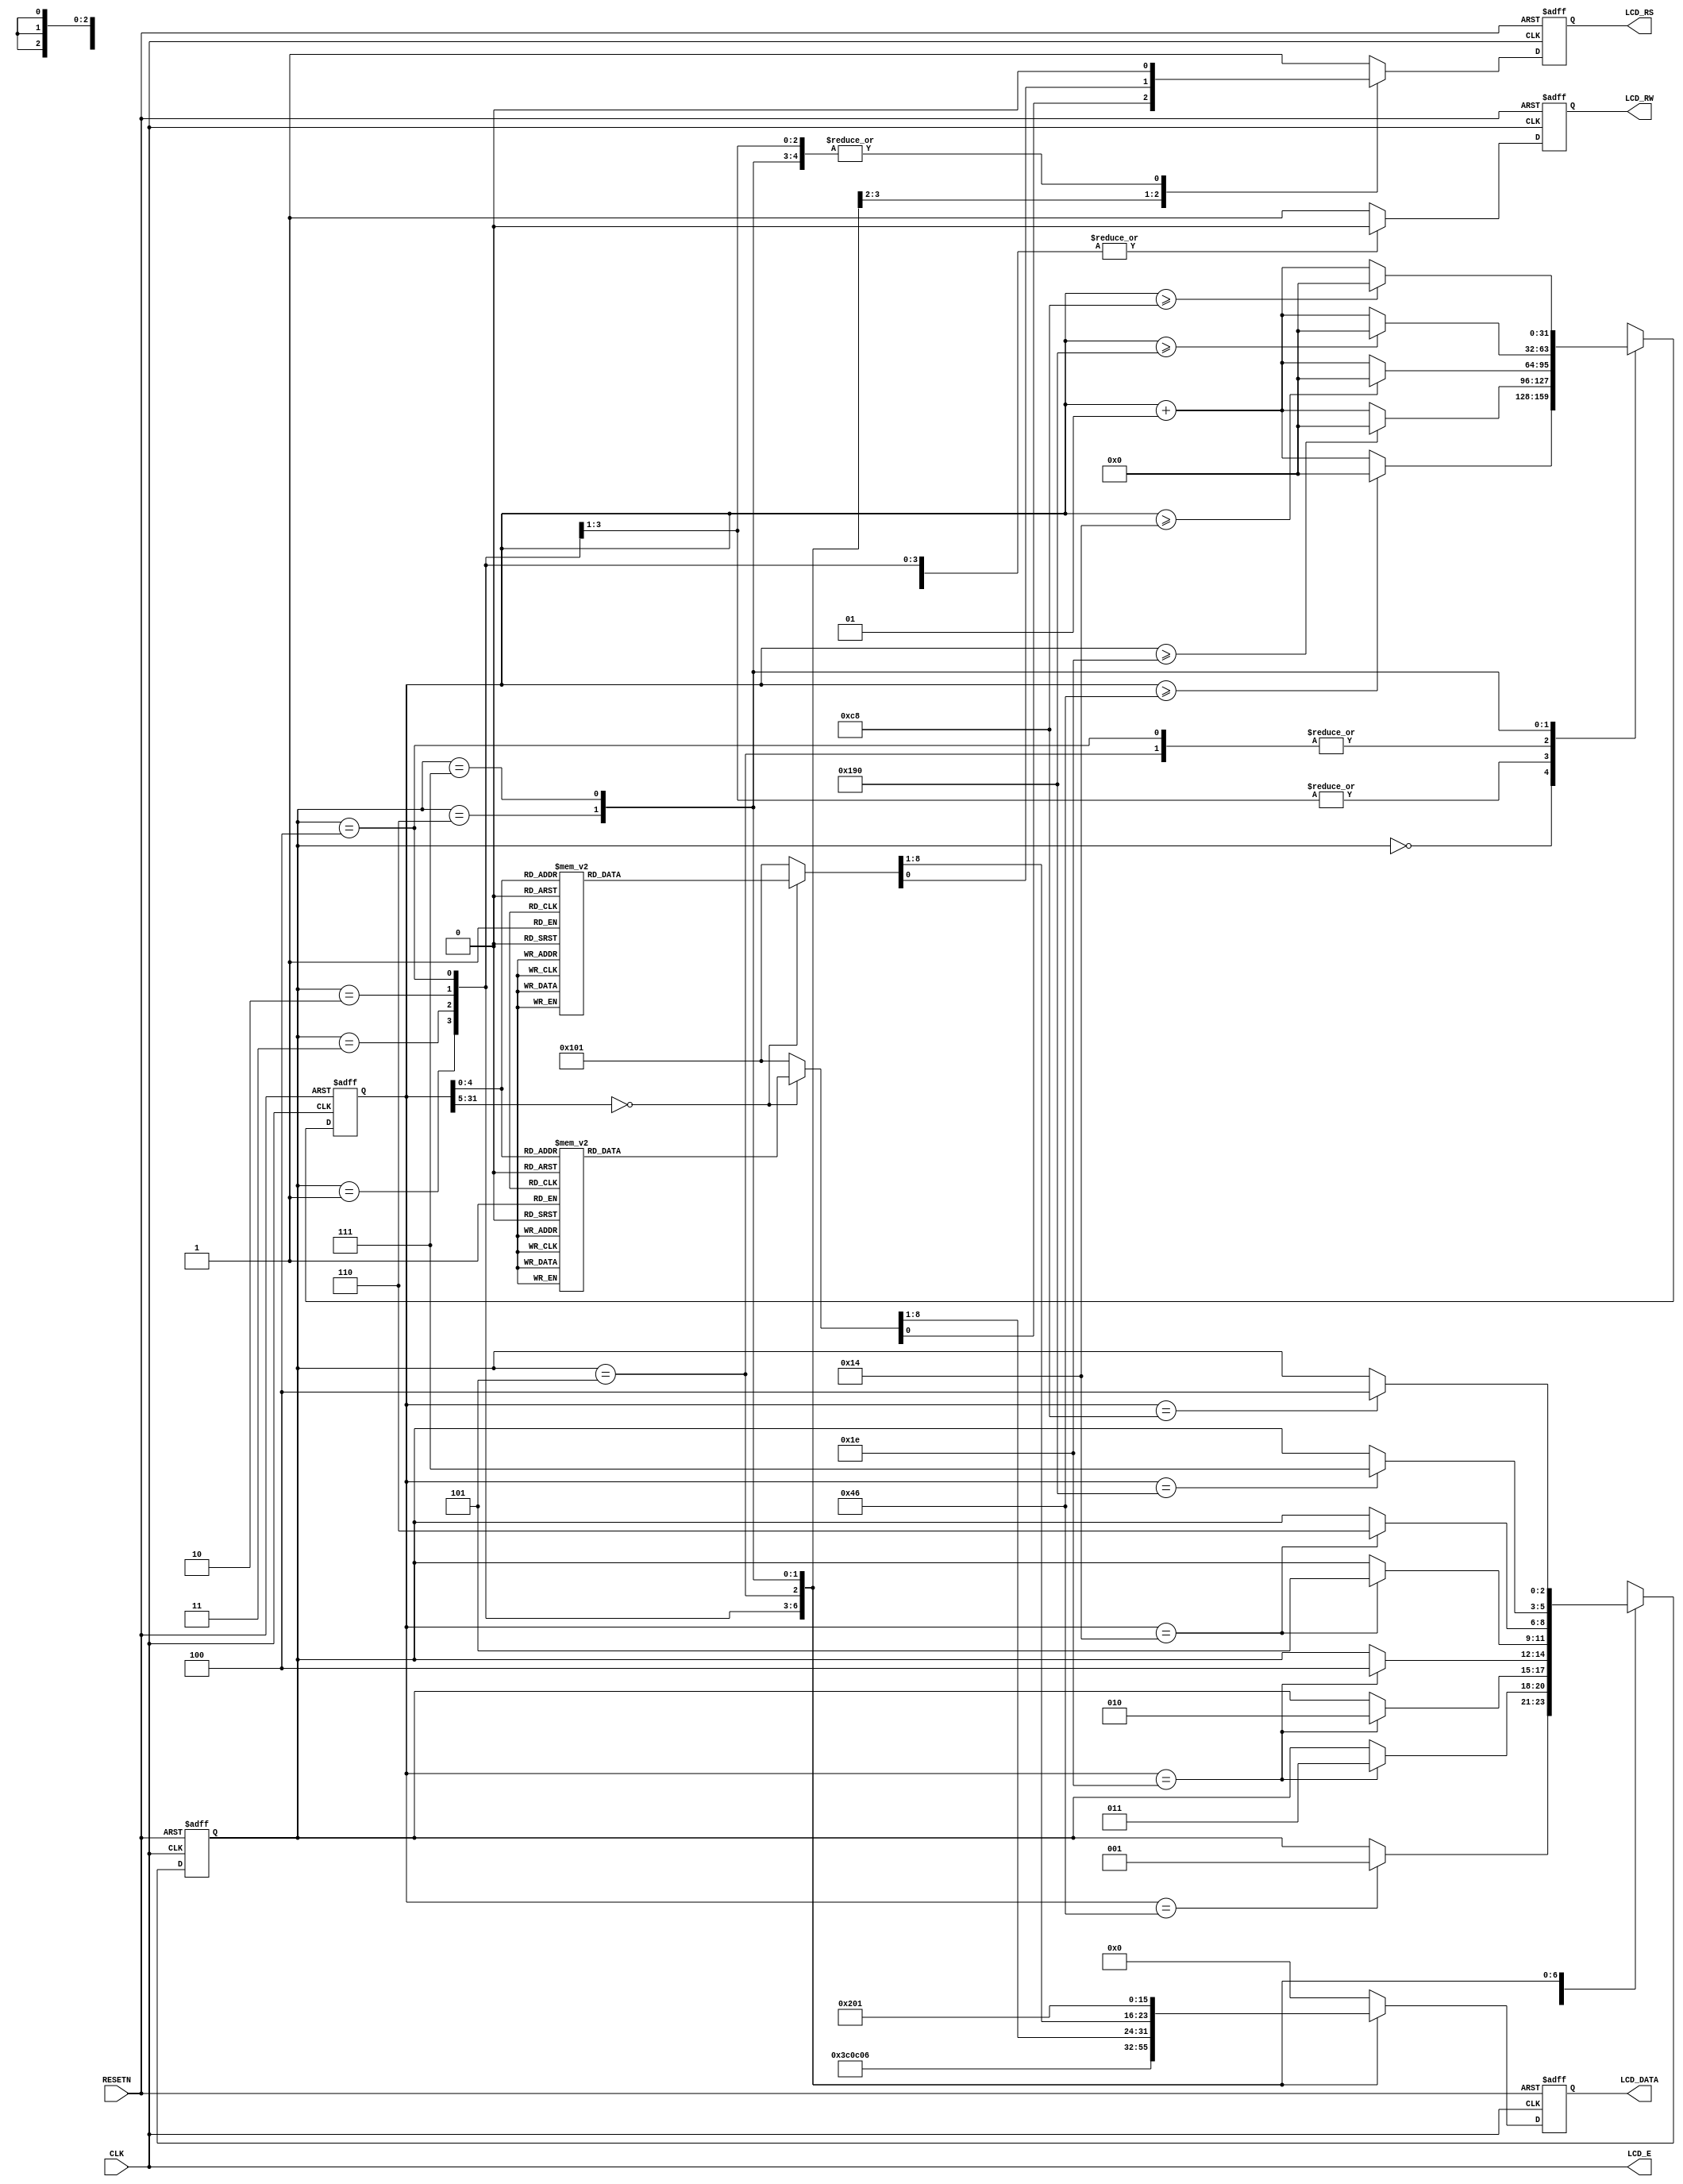
module You_Lose(
RESETN, CLK, LCD_E, LCD_RS, LCD_RW, LCD_DATA);

input RESETN, CLK;
output LCD_E, LCD_RS, LCD_RW;
output [7:0]LCD_DATA;

wire LCD_E;
reg LCD_RS, LCD_RW;
reg [7:0]LCD_DATA;
reg [2:0]STATE;
parameter DELAY = 3'b000,	FUNCTION_SET = 3'b001,
			ENTRY_MODE = 3'b010, DISP_ONOFF = 3'b011,
			LINE1 = 3'b100, LINE2 = 3'b101,
			DELAY_T = 3'b110, CLEAR_DISP = 3'b111;
			
integer CNT;

always @(posedge RESETN or posedge CLK)
begin
	if(RESETN)	STATE = DELAY;
	else
		begin
			case (STATE)
				DELAY: if(CNT==70) STATE=FUNCTION_SET;
				FUNCTION_SET: if(CNT==30) STATE=DISP_ONOFF;
				DISP_ONOFF: if(CNT==30) STATE = ENTRY_MODE;
				ENTRY_MODE: if(CNT==30) STATE=LINE1;
				LINE1: if(CNT==20) STATE=LINE2;
				LINE2: if(CNT==20) STATE=DELAY_T;
				DELAY_T: if(CNT==400) STATE = CLEAR_DISP;
				CLEAR_DISP: if(CNT==200) STATE=LINE1;
				default: STATE=DELAY;
			endcase
		end
end

always @(posedge RESETN or posedge CLK)
begin
	if(RESETN) CNT = 0;
	else
		begin
			case(STATE)
				DELAY: if(CNT>=70) CNT = 0;
						else CNT = CNT+1;
				FUNCTION_SET: if(CNT>=30) CNT = 0;
									else CNT = CNT + 1;
				DISP_ONOFF: if(CNT>=30) CNT = 0;
								else CNT = CNT+1;
				ENTRY_MODE: if(CNT>=30) CNT = 0;
								else CNT = CNT+1;
				LINE1: if(CNT>=20) CNT = 0;
								else CNT = CNT+1;
				LINE2: if(CNT>=20) CNT = 0;
								else CNT = CNT+1;
				DELAY_T: if(CNT>=400) CNT = 0;
								else CNT = CNT+1;
				CLEAR_DISP: if(CNT>=200) CNT = 0;
								else CNT = CNT+1;
				default: CNT=0;
			endcase
		end
end

always @(posedge RESETN or posedge CLK)
begin
	if(RESETN) begin
		LCD_RS = 1'b1;
		LCD_RW = 1'b1;
		LCD_DATA = 8'b00000000;
		end
	else begin
		case(STATE)
			FUNCTION_SET: begin
				LCD_RS = 1'b0; LCD_RW = 1'b0;
				LCD_DATA = 8'b00111100;
				end
			DISP_ONOFF: begin
				LCD_RS = 1'b0; LCD_RW = 1'b0;
				LCD_DATA = 8'b00001100;
				end
			ENTRY_MODE: begin
				LCD_RS = 1'b0; LCD_RW = 1'b0;
				LCD_DATA = 8'b00000110;
				end
			LINE1: begin
				LCD_RW = 1'b0;
				
				case(CNT)
					0:begin
						LCD_RS = 1'b0; LCD_DATA = 8'b10000000;
					end
					1:begin
						LCD_RS = 1'b1; LCD_DATA = 8'b10000000;
						end
					2:begin
						LCD_RS = 1'b1; LCD_DATA = 8'b10000000;
					end
					3:begin
						LCD_RS = 1'b1; LCD_DATA = 8'b10000000;
						end
					4:begin
						LCD_RS = 1'b1; LCD_DATA = 8'b01011001;
						end
					5:begin
						LCD_RS = 1'b1; LCD_DATA = 8'b01101111;
						end
					6:begin
						LCD_RS = 1'b1; LCD_DATA = 8'b01110101;
						end
					7:begin
						LCD_RS = 1'b1; LCD_DATA = 8'b10000000;
						end
					8:begin
						LCD_RS = 1'b1; LCD_DATA = 8'b01001100;
						end
					9:begin
						LCD_RS = 1'b1; LCD_DATA = 8'b01101111;
						end
					10:begin
						LCD_RS = 1'b1; LCD_DATA = 8'b01110011;
						end
					11:begin
						LCD_RS = 1'b1; LCD_DATA = 8'b01100101;
						end
					12:begin
						LCD_RS = 1'b1; LCD_DATA = 8'b00100001;
						end
					13:begin
						LCD_RS = 1'b1; LCD_DATA = 8'b10000000;
						end
					14:begin
						LCD_RS = 1'b1; LCD_DATA = 8'b10000000;
						end
					15:begin
						LCD_RS = 1'b1; LCD_DATA = 8'b10000000;
						end
					16:begin
						LCD_RS = 1'b1; LCD_DATA = 8'b10000000;
						end
					default:begin
						LCD_RS = 1'b1; LCD_DATA = 8'b10000000;
						end
					endcase
				end
			LINE2: begin
				
				LCD_RW = 1'b0;
				
				case(CNT)
					0:begin
						LCD_RS = 1'b0; LCD_DATA = 8'b11000000;
					end
					1:begin
						LCD_RS = 1'b1; LCD_DATA = 8'b10000000;
					end
					2:begin
						LCD_RS = 1'b1; LCD_DATA = 8'b10000000;
						end
					3:begin
						LCD_RS = 1'b1; LCD_DATA = 8'b10000000;
						end
					4:begin
						LCD_RS = 1'b1; LCD_DATA = 8'b10000000;
						end
					5:begin
						LCD_RS = 1'b1; LCD_DATA = 8'b10000000;
						end
					6:begin
						LCD_RS = 1'b1; LCD_DATA = 8'b10000000;
						end
					7:begin
						LCD_RS = 1'b1; LCD_DATA = 8'b10000000;
						end
					8:begin
						LCD_RS = 1'b1; LCD_DATA = 8'b10000000;
						end
					9:begin
						LCD_RS = 1'b1; LCD_DATA = 8'b10000000;
						end
					10:begin
						LCD_RS = 1'b1; LCD_DATA = 8'b10000000;
						end
					11:begin
						LCD_RS = 1'b1; LCD_DATA = 8'b10000000;
						end
					12:begin
						LCD_RS = 1'b1; LCD_DATA = 8'b10000000;
						end
					13:begin
						LCD_RS = 1'b1; LCD_DATA = 8'b10000000;
						end
					14:begin
						LCD_RS = 1'b1; LCD_DATA = 8'b10000000;
						end
					15:begin
						LCD_RS = 1'b1; LCD_DATA = 8'b10000000;
						end
					16:begin
						LCD_RS = 1'b1; LCD_DATA = 8'b10000000;
						end
					default:begin
						LCD_RS = 1'b1; LCD_DATA = 8'b10000000;
						end
					endcase
				end
			DELAY_T:begin
				LCD_RS = 1'b0; LCD_RW=1'b0;
				LCD_DATA = 8'b00000010;
				end
			CLEAR_DISP:begin
				LCD_RS = 1'b0; LCD_RW=1'b0;
				LCD_DATA = 8'b00000001;
				end
			default: begin
				LCD_RS = 1'b1; LCD_RW=1'b1;
				LCD_DATA = 8'b00000000  ;
				end
			endcase
		end
	end
	
	assign LCD_E = CLK;
	
	endmodule